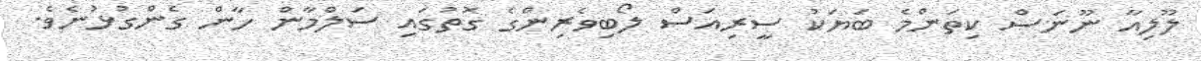
ލޫލިއާ ނޫނަސް ކިތަންމެ ބަޔަކު ސީރިއަސް ލޯބިވެރިންގެ ގޮތުގައި ސަލްމާން ހާން ގެންގުޅުނެވެ.